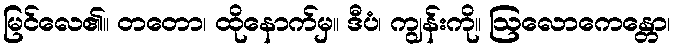
မြင်လေ၏။ တတော၊ ထိုနောက်မှ။ ဒီပံ၊ ကျွန်းကို။ ဩလောကေန္တော၊